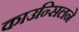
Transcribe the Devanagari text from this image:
काउन्सिलने